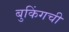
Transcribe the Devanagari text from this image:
बुकिंगची